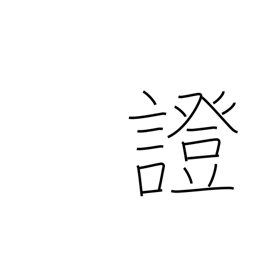
Meaning: proof